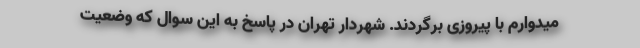
میدوارم با پیروزی برگردند. شهردار تهران در پاسخ به این سوال که وضعیت